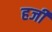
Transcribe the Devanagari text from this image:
हजीं